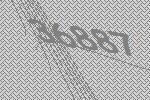
36887